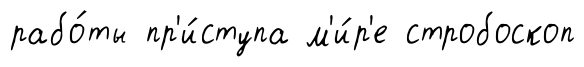
рабо́ты пр'и́ступа м'и́р'е стробоскоп